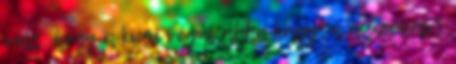
volt, hogy a kicsi végül abba hagyta a szopást